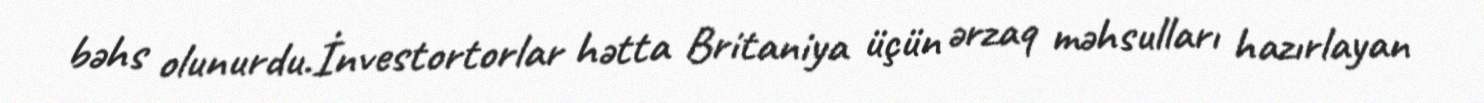
bəhs olunurdu.İnvestortorlar hətta Britaniya üçün ərzaq məhsulları hazırlayan